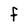
Character: F